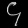
Digit: ၄